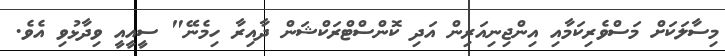
މިސާލަކަށް މަސްވެރިކަމާއި އިންޖިނިއަރިން އަދި ކޮންސްޓްރަކްޝަން ދާއިރާ ހިމެނޭ" ސީއީއީ ވިދާޅުވި އެވެ.